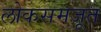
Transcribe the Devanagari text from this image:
लोकसमजूत